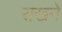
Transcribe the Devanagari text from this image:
राखने